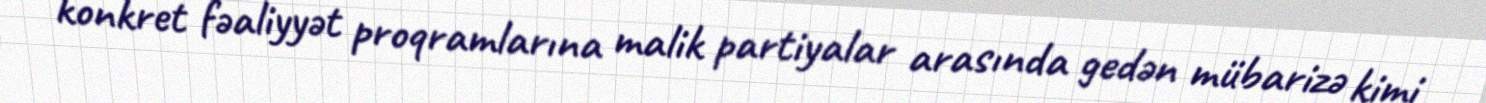
konkret fəaliyyət proqramlarına malik partiyalar arasında gedən mübarizə kimi